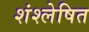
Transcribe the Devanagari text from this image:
शंश्लेषित